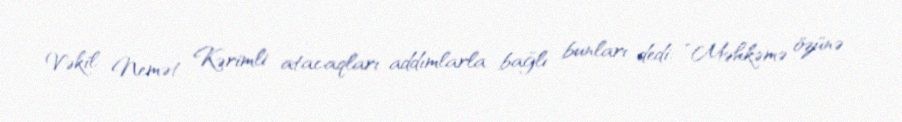
Vəkil Nemət Kərimli atacaqları addımlarla bağlı bunları dedi: “Məhkəmə özünə